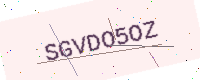
Text: SGVDO5OZ